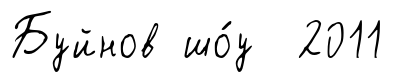
Буйнов шо́у 2011